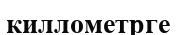
киллометрге